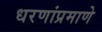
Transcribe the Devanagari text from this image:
धरणांप्रमाणे